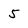
Character: 5